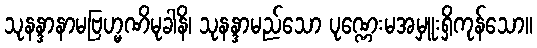
သုနန္ဒာနာမဗြဟ္မဏိမုခါနိ၊ သုနန္ဒာမည်သော ပုဏ္ဏေးမအမှူးရှိကုန်သော။